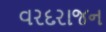
વરદરાજન